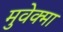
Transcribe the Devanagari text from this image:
मुवेक्मा